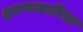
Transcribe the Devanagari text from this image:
क्षरणकारिता